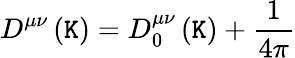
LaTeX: D^{\mu\nu}\left(\mathtt{K}\right)=D_{0}^{\mu\nu}\left(\mathtt{K}\right)+\frac{{1}}{{4\pi}}